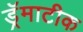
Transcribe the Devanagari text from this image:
ड्रॅमाटीक